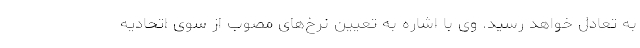
به تعادل خواهد رسید. وی با اشاره به تعیین نرخ‌های مصوب از سوی اتحادیه